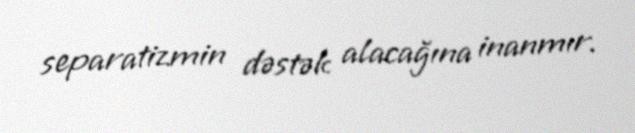
separatizmin dəstək alacağına inanmır.